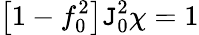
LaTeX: \big[1-f_{0}^{2}\big]\mathtt{J}_{0}^{2}\chi=1